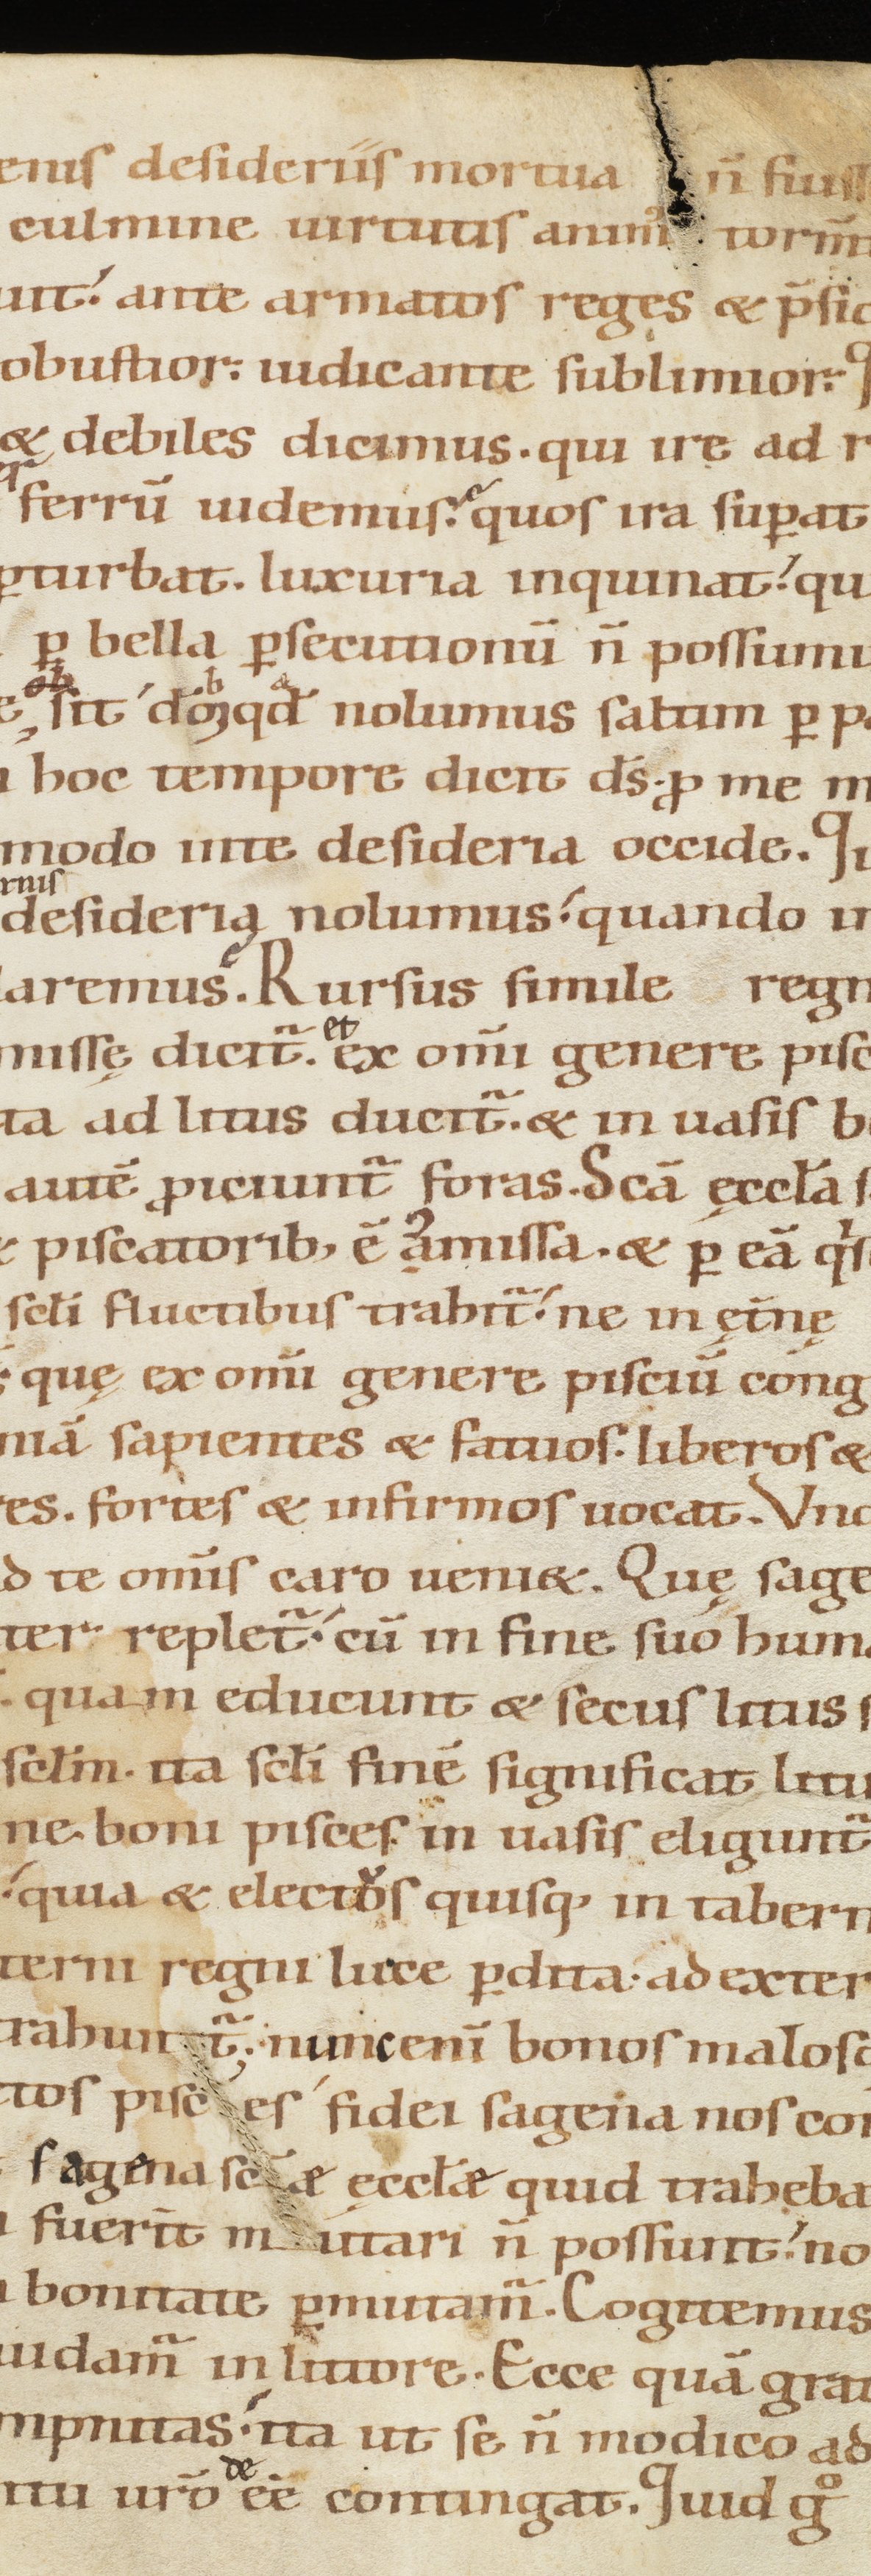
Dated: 1100–1199